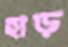
হাড়